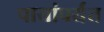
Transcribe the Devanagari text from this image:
पायांपर्यंत